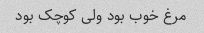
مرغ خوب بود ولی کوچک بود